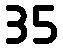
35